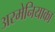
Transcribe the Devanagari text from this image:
अरमेनियाका